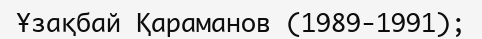
Ұзақбай Қараманов (1989-1991);